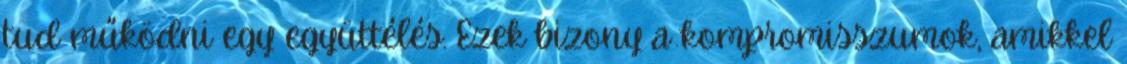
tud működni egy együttélés. Ezek bizony a kompromisszumok, amikkel